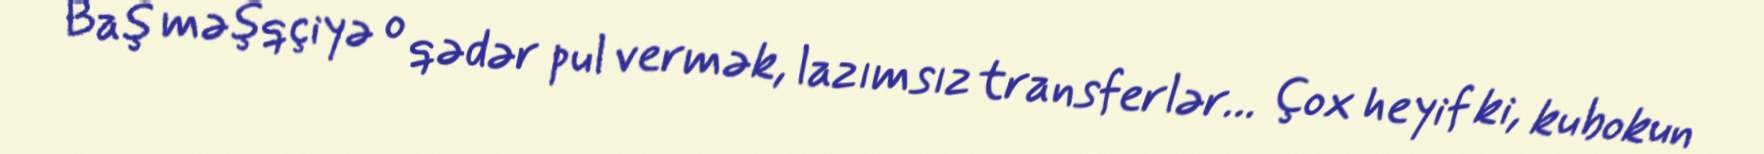
Baş məşqçiyə o qədər pul vermək, lazımsız transferlər… Çox heyif ki, kubokun